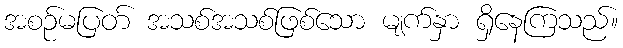
အစဉ်မပြတ် အသစ်အသစ်ဖြစ်သော မျက်နှာ ရှိနေကြသည်။